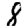
Digit: 8